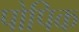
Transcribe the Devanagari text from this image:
पोपिक